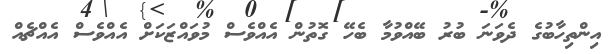
އިންތިހާބުގެ ދެވަނަ ބުރު ބޭއްވުމާ ބެހޭ ގޮތުން އެއްވެސް މުވައްޒަކަށް އެއްވެސް އެއްޗެއް